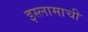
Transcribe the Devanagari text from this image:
इस्लामाची